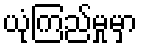
ယုံကြည်မှုမှာ